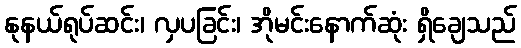
နုနယ်ရုပ်ဆင်း၊ လှပခြင်း၊ အိုမင်းနောက်ဆုံး ရှိချေသည်